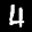
Label: 4